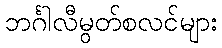
ဘင်္ဂါလီမွတ်စလင်များ